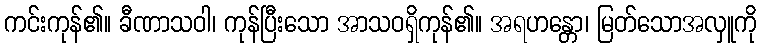
ကင်းကုန်၏။ ခီဏာသဝါ၊ ကုန်ပြီးသော အာသဝရှိကုန်၏။ အရဟန္တော၊ မြတ်သောအလှူကို